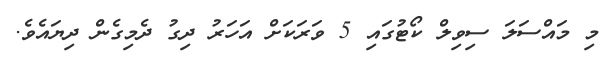
މި މައްސަލަ ސިވިލް ކޯޓުގައި 5 ވަރަކަށް އަހަރު ދިގު ދެމިގެން ދިޔައެވެ.